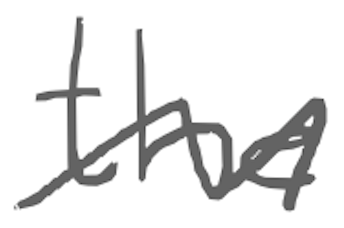
Text: the
Cross-out: zig-zag
Writing tool: digital_gray